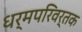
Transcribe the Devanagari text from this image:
धर्मपरिवर्तक